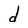
Character: d